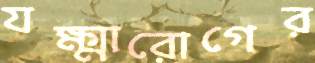
যক্ষ্মারোগের